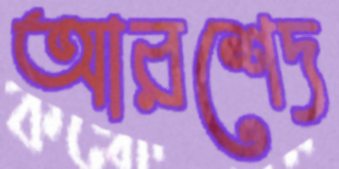
আরশেদ